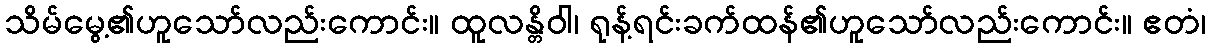
သိမ်မွေ့၏ဟူသော်လည်းကောင်း။ ထူလန္တိဝါ၊ ရုန့်ရင်းခက်ထန်၏ဟူသော်လည်းကောင်း။ ဧတံ၊